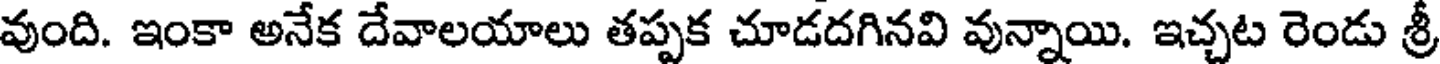
వుంది. ఇంకా అనేక దేవాలయాలు తప్పక చూడదగినవి వున్నాయి. ఇచ్చట రెండు శ్రీ